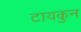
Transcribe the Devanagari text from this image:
टायकुन